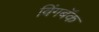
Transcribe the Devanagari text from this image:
विंगबॅक